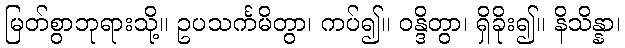
မြတ်စွာဘုရားသို့။ ဥပသင်္ကမိတွာ၊ ကပ်၍။ ဝန္ဒိတွာ၊ ရှိခိုး၍။ နိသိန္နာ၊